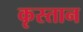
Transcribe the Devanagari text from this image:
कृस्तान